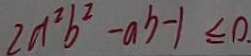
2 a ^ { 2 } b ^ { 2 } - a b - 1 \leq 0 .